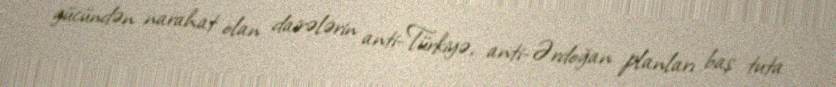
gücündən narahat olan dairələrin anti-Türkiyə, anti-Ərdoğan planları baş tuta